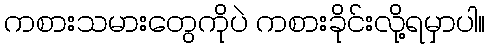
ကစားသမားတွေကိုပဲ ကစားခိုင်းလို့ရမှာပါ။